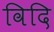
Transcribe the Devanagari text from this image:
विदि